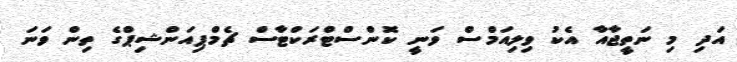
އަދި މި ނަތީޖާއާ އެކު ވިލިއަމްސް ވަނީ ކޮންސްޓްރަކްޓާސް ޗެމްޕިއަންޝިޕްގެ ތިން ވަނަ